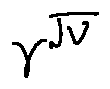
\gamma ^ { \sqrt { v } }